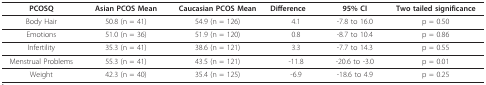
<table><thead><tr><td><b>PCOSQ</b></td><td><b>Asian PCOS Mean</b></td><td><b>Caucasian PCOS Mean</b></td><td><b>Difference</b></td><td><b>95% CI</b></td><td><b>Two tailed significance</b></td></tr></thead><tbody><tr><td>Body Hair</td><td>50.8 (n = 41)</td><td>54.9 (n = 126)</td><td>4.1</td><td>-7.8 to 16.0</td><td>p = 0.50</td></tr><tr><td>Emotions</td><td>51.0 (n = 36)</td><td>51.9 (n = 120)</td><td>0.8</td><td>-8.7 to 10.4</td><td>p = 0.86</td></tr><tr><td>Infertility</td><td>35.3 (n = 41)</td><td>38.6 (n = 121)</td><td>3.3</td><td>-7.7 to 14.3</td><td>p = 0.55</td></tr><tr><td>Menstrual Problems</td><td>55.3 (n = 41)</td><td>43.5 (n = 121)</td><td>-11.8</td><td>-20.6 to -3.0</td><td>p = 0.01</td></tr><tr><td>Weight</td><td>42.3 (n = 40)</td><td>35.4 (n = 125)</td><td>-6.9</td><td>-18.6 to 4.9</td><td>p = 0.25</td></tr></tbody></table>